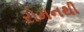
રોમનથી